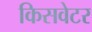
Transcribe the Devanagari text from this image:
किसवेटर